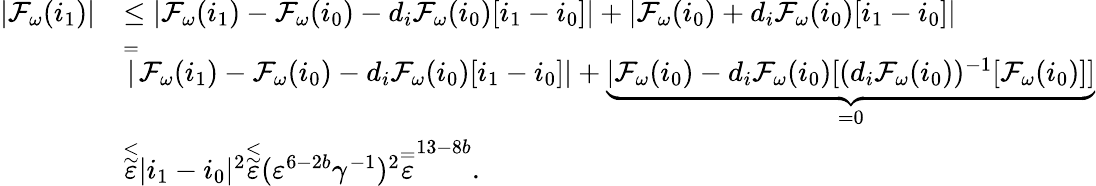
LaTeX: \begin{array}{rl}{|\mathcal{F}_{\omega}(i_{1})|}&{\le|\mathcal{F}_{\omega}(i_{1})-\mathcal{F}_{\omega}(i_{0})-d_{i}\mathcal{F}_{\omega}(i_{0})[i_{1}-i_{0}]|+|\mathcal{F}_{\omega}(i_{0})+d_{i}\mathcal{F}_{\omega}(i_{0})[i_{1}-i_{0}]|}\\ &{\overset=|\mathcal{F}_{\omega}(i_{1})-\mathcal{F}_{\omega}(i_{0})-d_{i}\mathcal{F}_{\omega}(i_{0})[i_{1}-i_{0}]|+\underbrace{|\mathcal{F}_{\omega}(i_{0})-d_{i}\mathcal{F}_{\omega}(i_{0})[(d_{i}\mathcal{F}_{\omega}(i_{0}))^{-1}[\mathcal{F}_{\omega}(i_{0})]]}_{=0}}\\ &{\overset\lesssim\varepsilon|i_{1}-i_{0}|^{2}\overset\lesssim\varepsilon(\varepsilon^{6-2b}\gamma^{-1})^{2}\overset=\varepsilon^{13-8b}.}\end{array}